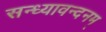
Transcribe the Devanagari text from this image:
सन्ध्यावन्दनम्